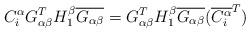
LaTeX: \begin{align*} C^{\alpha}_{i}G_{\alpha\beta}^TH^{\beta}_1\overline{G_{\alpha\beta}} =G_{\alpha\beta}^TH^{\beta}_1\overline{G_{\alpha\beta}}(\overline{C^{\alpha}_{i}}^{T})\end{align*}